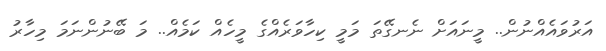
އަރުވައެއްނުން.. މީނައަށް ނެނގޭތަ މަމީ ކިހާވަރެއްގެ މީހެއް ކަމެއް.. މަ ބޭނުންނަމަ މިހާރު